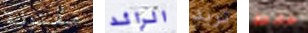
مقتولة الرائد تريد خادعة